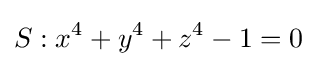
S:x^{4}+y^{4}+z^{4}-1=0